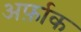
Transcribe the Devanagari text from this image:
अर्फ़ाक